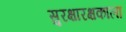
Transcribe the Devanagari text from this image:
सुरक्षारक्षकाला